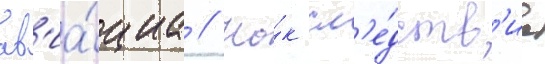
ав'иа́циа // Ка́к сл'е́дств'ие